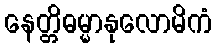
နေတ္တိဓမ္မာနုလောမိကံ